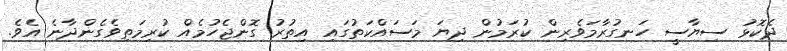
ދެކޮޅު ސިޔާސީ ހަނގުރާމަވެރިން ކުރަމުން ދިޔަ މަސައްކަތުގައި އިތުރު ގޮންޖެހުމެއް ކުރިމަތިވެގެންދާނެ އެވެ.